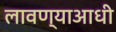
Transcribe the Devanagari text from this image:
लावण्‍याआधी